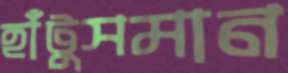
হাঁটুসমান